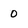
Character: 0